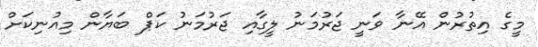
މީގެ އިތުރުން އޭނާ ވަނީ ޖަރުމަނު ލީގާއި ޖަރުމަނު ކަޕް ބަޔާން މިއުނިކަށް